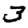
Digit: 3